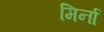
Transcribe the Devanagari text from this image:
मिर्ना